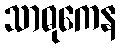
သာဓုကေန